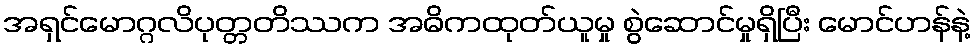
အရှင်မောဂ္ဂလိပုတ္တတိဿက အဓိကထုတ်ယူမှု စွဲဆောင်မှုရှိပြီး မောင်ဟန်နဲ့